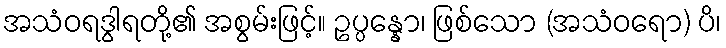
အသံဝရဒွါရတို့၏ အစွမ်းဖြင့်။ ဥပ္ပန္နော၊ ဖြစ်သော (အသံဝရော) ပိ၊